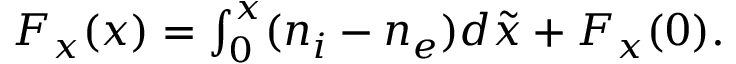
\begin{array} { r } { F _ { x } ( x ) = \int _ { 0 } ^ { x } ( n _ { i } - n _ { e } ) d \tilde { x } + F _ { x } ( 0 ) . } \end{array}